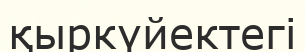
қыркүйектегі